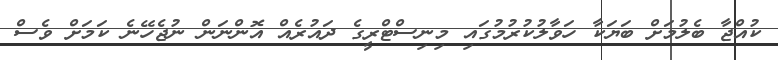
ކުއްޖާ ބެލުމަށް ބަޔަކާ ހަވާލުކުރުމުގައި މިނިސްޓްރީގެ ދައުރެއް އޮންނަން ނުޖެހޭނެ ކަަމަށް ވެސް